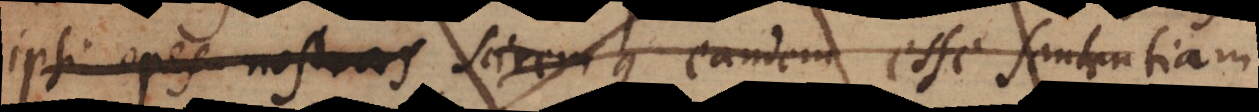
ipsi opes nostras scirem q candem esse santentiam